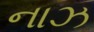
નાઝ